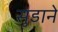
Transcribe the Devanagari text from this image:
सुडाने